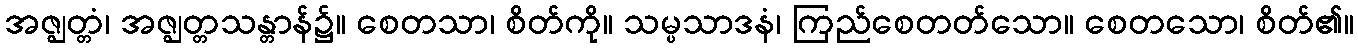
အဇ္ဈတ္တံ၊ အဇ္ဈတ္တသန္တာန်၌။ စေတသာ၊ စိတ်ကို။ သမ္ပသာဒနံ၊ ကြည်စေတတ်သော။ စေတသော၊ စိတ်၏။